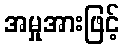
အမှုအားဖြင့်